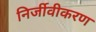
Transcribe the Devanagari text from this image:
निर्जीवीकरण